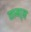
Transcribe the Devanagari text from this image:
सामा्न